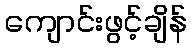
ကျောင်းဖွင့်ချိန်